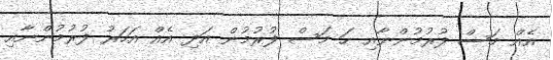
އެއް މަސް ފުރުމުންނާއި ހަ މަސް ފުރުމުން އަދި އެއް އަހަރު ފުރުމުންނާއި